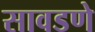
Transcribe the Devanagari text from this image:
सावडणे